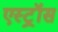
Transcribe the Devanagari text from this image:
एस्ट्रॉस